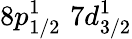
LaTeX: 8p_{1/2}^{1}\, \, 7d_{3/2}^{1}